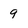
Character: 9